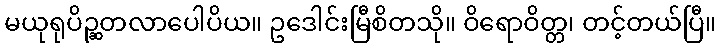
မယုရုပိဉ္ဆတလာပေါပိယ။ ဥဒေါင်းမြီစိတသို။ ဝိရောဝိတ္တ၊ တင့်တယ်ပြီ။